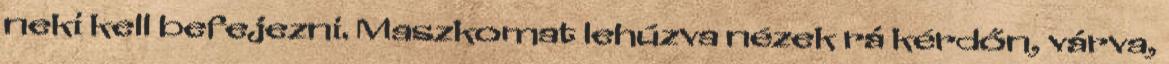
neki kell befejezni. Maszkomat lehúzva nézek rá kérdőn, várva,